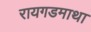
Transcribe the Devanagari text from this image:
रायगडमाथा